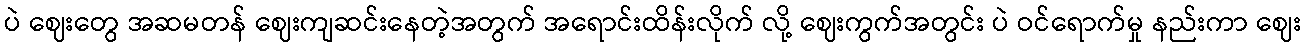
ပဲ ဈေးတွေ အဆမတန် ဈေးကျဆင်းနေတဲ့အတွက် အရောင်းထိန်းလိုက် လို့ ဈေးကွက်အတွင်း ပဲ ဝင်ရောက်မှု နည်းကာ ဈေး